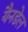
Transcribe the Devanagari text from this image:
यैनडेल